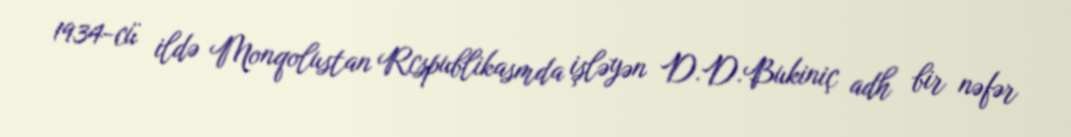
1934-cü ildə Monqolustan Rcspublikasmda işləyən D.D.Bukiniç adh bir nəfər